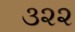
૩૨૨